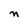
Character: n